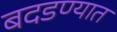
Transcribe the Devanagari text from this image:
बदडण्यात